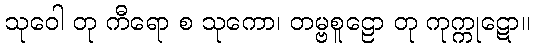
သုဝေါ တု ကီရော စ သုကော၊ တမ္ဗစူဠော တု ကုက္ကုဋော။